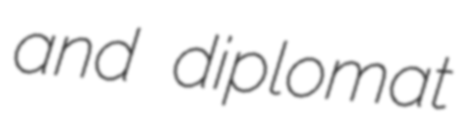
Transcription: and diplomat